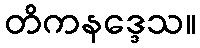
တိကနဒ္ဒေသ။